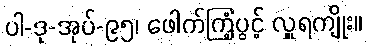
ပါ-ဒု-အုပ်-၉၅၊ ဖေါက်ကြံ့ပွင့် လှူရကျိုး။